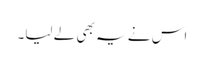
اس نے یہ بھی لے لیا۔